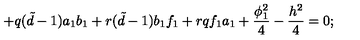
+ q ( { \tilde { d } } - 1 ) a _ { 1 } b _ { 1 } + r ( { \tilde { d } } - 1 ) b _ { 1 } f _ { 1 } + r q f _ { 1 } a _ { 1 } + \frac { \phi _ { 1 } ^ { 2 } } { 4 } - \frac { h ^ { 2 } } { 4 } = 0 ;